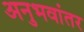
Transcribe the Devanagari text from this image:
अनुभवांतर